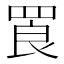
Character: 䍚